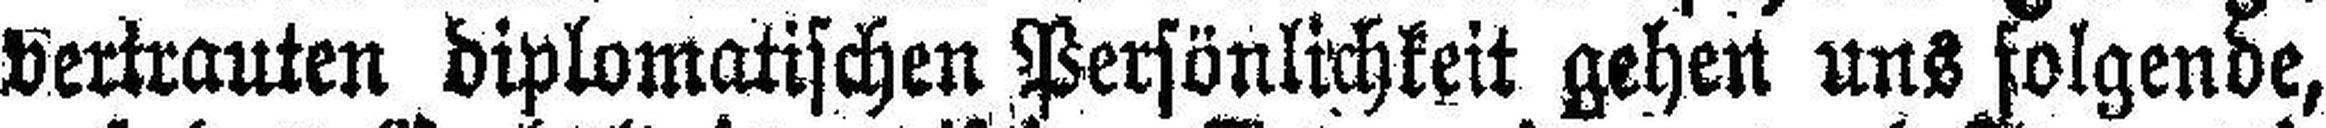
vertrauten diplomatischen Persönlichkeit gehen uns folgende,